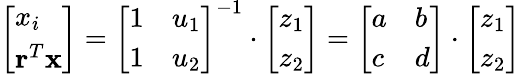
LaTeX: \left[\begin{array}{l}{x_{i}}\\ {\mathbf{r}^{T}\mathbf{x}}\end{array}\right]=\left[\begin{array}{ll}{1}&{u_{1}}\\ {1}&{u_{2}}\end{array}\right]^{-1}\cdot\left[\begin{array}{l}{z_{1}}\\ {z_{2}}\end{array}\right]=\left[\begin{array}{ll}{a}&{b}\\ {c}&{d}\end{array}\right]\cdot\left[\begin{array}{l}{z_{1}}\\ {z_{2}}\end{array}\right]